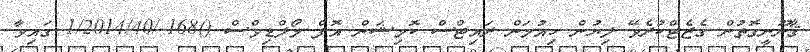
ޤާނޫނީގޮތުން ގެޒެޓްކުރެވޭ ލިޔުން ހިއުމަން ރައިޓްސް ކޮމިޝަން އޮފް މޯލްޑިވްސް ()168-/1/2014/40 ގައިވާ